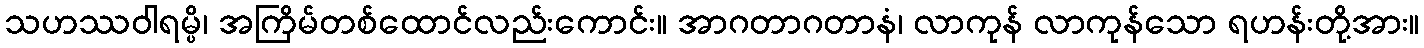
သဟဿဝါရမ္ပိ၊ အကြိမ်တစ်ထောင်လည်းကောင်း။ အာဂတာဂတာနံ၊ လာကုန် လာကုန်သော ရဟန်းတို့အား။